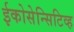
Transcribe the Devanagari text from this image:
ईकोसेन्सिटिव्ह